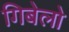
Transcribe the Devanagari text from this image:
गिबेलो